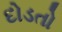
દોડતો